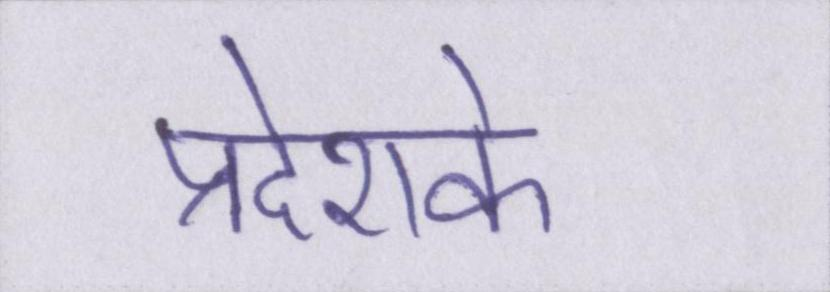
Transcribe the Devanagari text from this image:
प्रदेशके